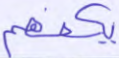
يكفهم